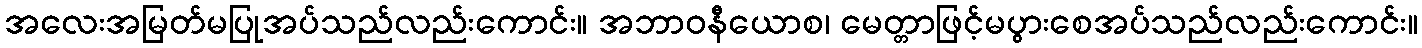
အလေးအမြတ်မပြုအပ်သည်လည်းကောင်း။ အဘာဝနီယောစ၊ မေတ္တာဖြင့်မပွားစေအပ်သည်လည်းကောင်း။